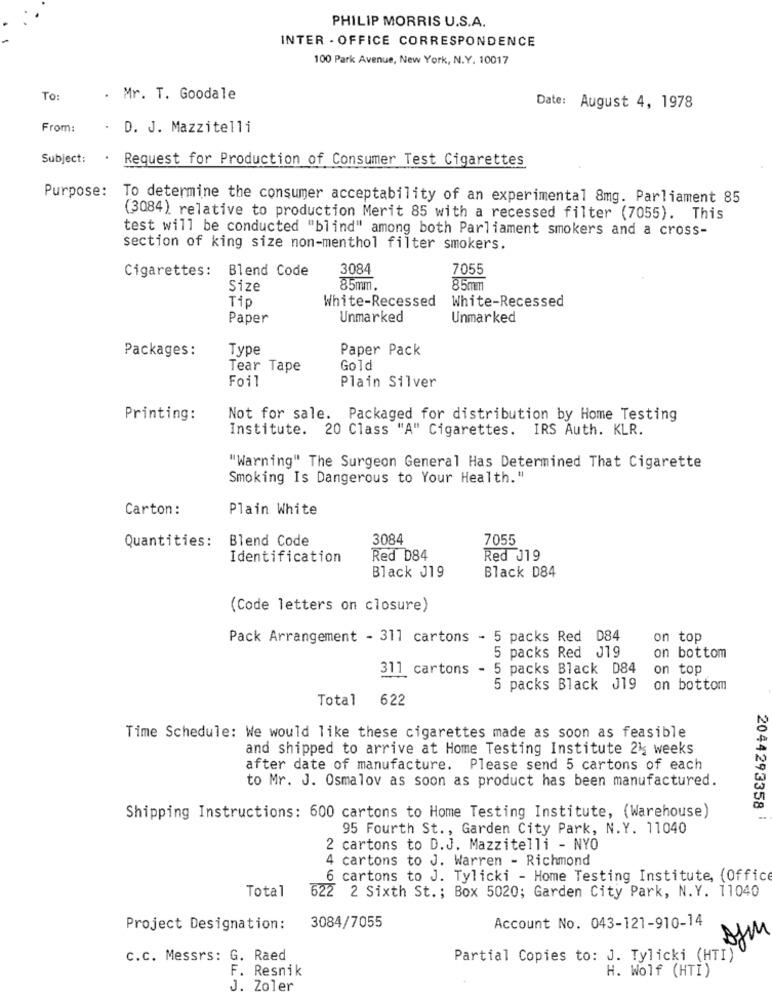
PHILIP MORRIS U.S.A.
INTER - OFFICE CORRESPONDENCE
100 Park Avenue, New York, N.Y. 10017
To:
. Mr. T. Goodale
Date: August 4, 1978
From:
. D. J. Mazzitelli
Subject:
.
Request for Production of Consumer Test Cigarettes
Purpose: To determine the consumer acceptability of an experimental 8mg. Parliament 85
(3084) relative to production Merit 85 with a recessed filter (7055). This
test will be conducted "blind" among both Parliament smokers and a cross-
section of king size non-menthol filter smokers.
Cigarettes:
Blend Code
3084
7055
Size
85mm
85mm
White-Recessed
White-Recessed
Tip
Paper
Unmarked
Unmarked
Type
Paper Pack
Packages:
Tear Tape
Gold
Foil
Plain Silver
Printing:
Not for sale. Packaged for distribution by Home Testing
Institute. 20 Class "A" Cigarettes. IRS Auth. KLR.
"Warning" The Surgeon General Has Determined That Cigarette
Smoking Is Dangerous to Your Health. "
Carton:
Plain White
3084
7055
Quantities: Blend Code
Identification
Red D84
Red J19
Black D84
Black J19
(Code letters on closure)
Pack Arrangement - 311 cartons - 5 packs Red D84
on top
5 packs Red J19
on bottom
311 cartons - 5 packs Black D84
on top
5 packs Black J19
on bottom
Total
622
Time Schedule: We would like these cigarettes made as soon as feasible
and shipped to arrive at Home Testing Institute 21; weeks
after date of manufacture. Please send 5 cartons of each
to Mr. J. Osmalov as soon as product has been manufactured.
Shipping Instructions: 600 cartons to Home Testing Institute, (Warehouse)
2044293358
95 Fourth St ., Garden City Park, N.Y. 11040
2 cartons to D.J. Mazzitelli - NYO
4 cartons to J. Warren - Richmond
6 cartons to J. Tylicki - Home Testing Institute, (Office
Total
622 2 Sixth St .; Box 5020; Garden City Park, N.Y. 11040
Project Designation :
3084/7055
Account No. 043-121-910-14
C.C. Messrs: G. Raed
Partial Copies to: J. Tylicki (HTI)
F. Resnik
H. Wolf (HTI)
J. Zoler